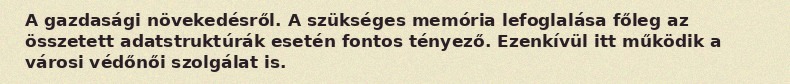
A gazdasági növekedésről. A szükséges memória lefoglalása főleg az összetett adatstruktúrák esetén fontos tényező. Ezenkívül itt működik a városi védőnői szolgálat is.